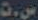
ست